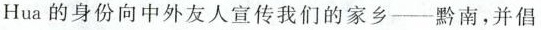
Hua的身份向中外友人宣传我们的家乡--黔南，并倡